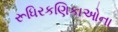
રૂધિરકણિકાઓના